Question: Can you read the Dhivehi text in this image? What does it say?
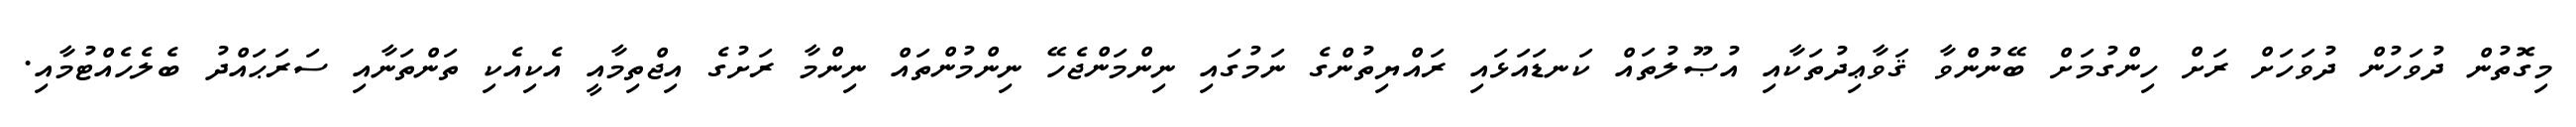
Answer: މިގޮތުން ދުވަހުން ދުވަހަށް ރަށް ހިންގުމަށް ބޭނުންވާ ޤަވާޢިދުތަކާއި އުޞޫލުތައް ކަނޑައަޅައި ރައްޔިތުންގެ ނަމުގައި ނިންމަންޖެހޭ ނިންމުންތައް ނިންމާ ރަށުގެ އިޖްތިމާއީ އެކިއެކި ތަންތަނާއި ސަރަޙައްދު ބެލެހެއްޓުމާއި.